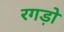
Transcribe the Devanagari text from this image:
रगड़ो